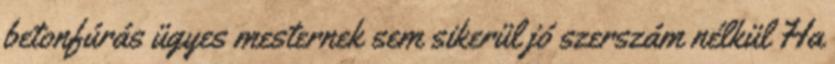
betonfúrás ügyes mesternek sem sikerül jó szerszám nélkül Ha